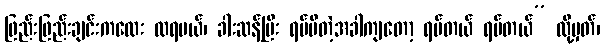
ဖြည်းဖြည်းချင်းကလေး ထရမယ်၊ ခါးဆန့်ပြီး ရပ်မိတဲ့အခါကျတော့ ရပ်တယ် ရပ်တယ်” လို့မှတ်၊